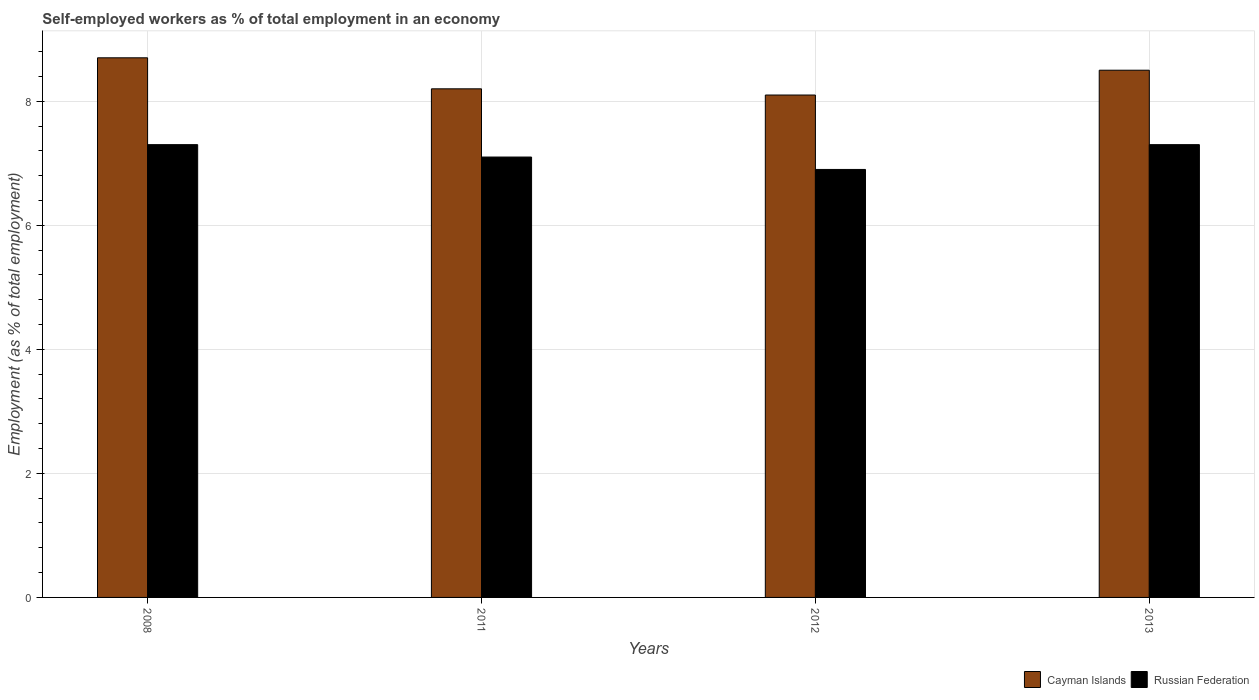
| Years | Cayman Islands | Russian Federation |
 | --- | --- | --- |
 | 2008 | 8.7 | 7.3 |
 | 2011 | 8.2 | 7.1 |
 | 2012 | 8.1 | 6.9 |
 | 2013 | 8.5 | 7.3 |